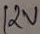
Text: 12V